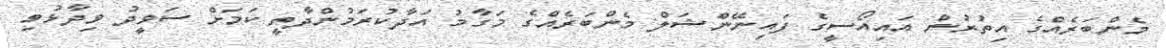
މެންބަރެއްގެ އިތުރުން އައިއޯސީގެ ފައިނޭންޝަލް މެންބަރެއްގެ މަގާމު އަދާކުރަމުންދާތީ ކަމަށް ސަވީދު ވިދާޅުވި